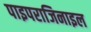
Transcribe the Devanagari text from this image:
पाइपराजिनाइल